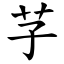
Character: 芓